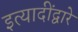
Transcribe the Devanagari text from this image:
इत्यादींद्वारे